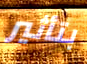
بتأثير